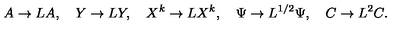
A \to L A , \quad Y \to L Y , \quad X ^ { k } \to L X ^ { k } , \quad \Psi \to L ^ { 1 / 2 } \Psi , \quad C \to L ^ { 2 } C .